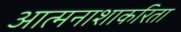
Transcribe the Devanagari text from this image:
आत्मनाशाकरिता